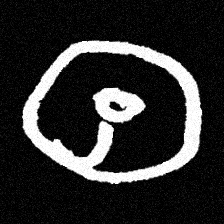
Pyu character \u2014 Myanmar letter: ထ (romanized: tha)